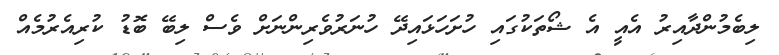
ލިބެމުންދާއިރު އެއީ އެ ޝޯތަކުގައި ހުށަހަޅައިދޭ ހުނަރުވެރިންނަށް ވެސް ލިބޭ ބޮޑު ކުރިއެރުމެއް